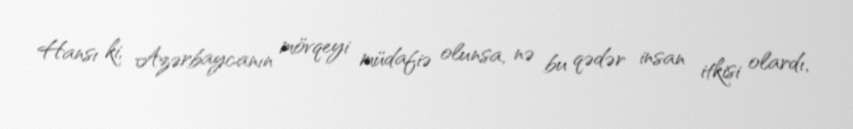
Hansı ki, Azərbaycanın mövqeyi müdafiə olunsa, nə bu qədər insan itkisi olardı,